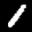
Label: 1